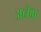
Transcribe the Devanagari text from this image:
अनैम